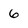
Character: 6